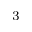
^ 3